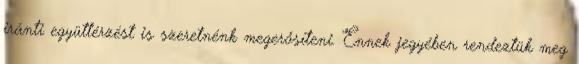
iránti együttérzést is szeretnénk megerősíteni. Ennek jegyében rendeztük meg